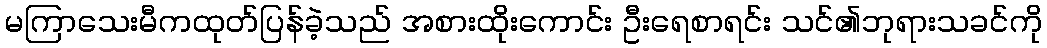
မကြာသေးမီကထုတ်ပြန်ခဲ့သည် အစားထိုးကောင်း ဦးရေစာရင်း သင်၏ဘုရားသခင်ကို